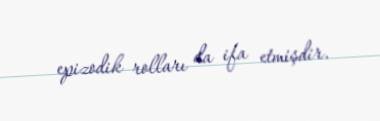
epizodik rolları da ifa etmişdir.